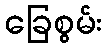
ခြေစွမ်း